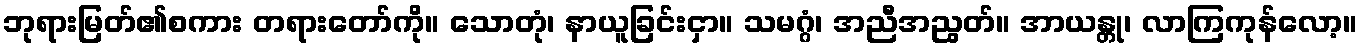
ဘုရားမြတ်၏စကား တရားတော်ကို။ သောတုံ၊ နာယူခြင်းငှာ။ သမဂ္ဂံ၊ အညီအညွတ်။ အာယန္တု၊ လာကြကုန်လော့။